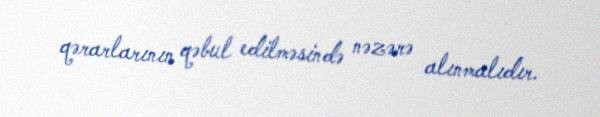
qərarlarının qəbul edilməsində nəzərə alınmalıdır.